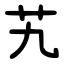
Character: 艽